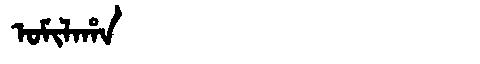
Manchu: ᠣᠮᡳᠯᠠᡥᠠ
Romanization: OMILAHA